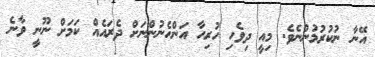
އޭނާ ނުކުރުމުންނެވެ. މިއީ ދިވެހި ހުރިހާ އަންހެނުންނަށް ދެރައެއް ކަމަށް ނޫނީ ވާނެ